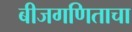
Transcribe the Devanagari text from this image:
बीजगणिताचा